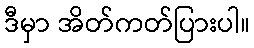
ဒီမှာ အိတ်ကတ်ပြားပါ။